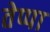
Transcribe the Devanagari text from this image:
तेप्पा